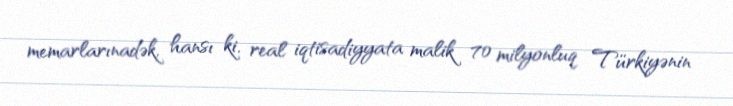
memarlarınadək, hansı ki, real iqtisadiyyata malik 70 milyonluq Türkiyənin